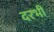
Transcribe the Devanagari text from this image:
दरभी